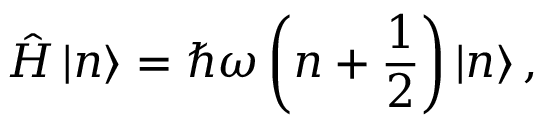
{ \hat { H } } \left| n \right\rangle = \hbar \omega \left( n + { \frac { 1 } { 2 } } \right) \left| n \right\rangle ,